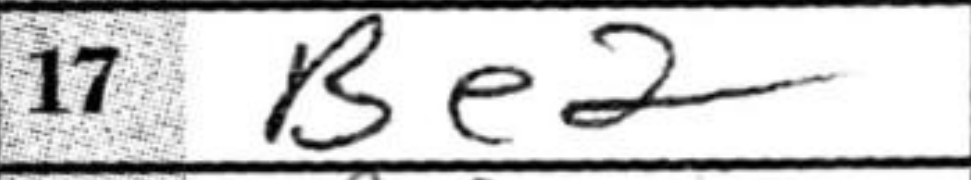
Transcription: Be2